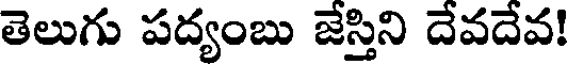
తెలుగు పద్యంబు జేస్తిని దేవదేవ!